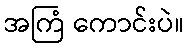
အကြံ ကောင်းပဲ။